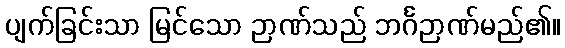
ပျက်ခြင်းသာ မြင်သော ဉာဏ်သည် ဘင်္ဂဉာဏ်မည်၏။